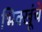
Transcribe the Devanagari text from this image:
भिक्खूंचे